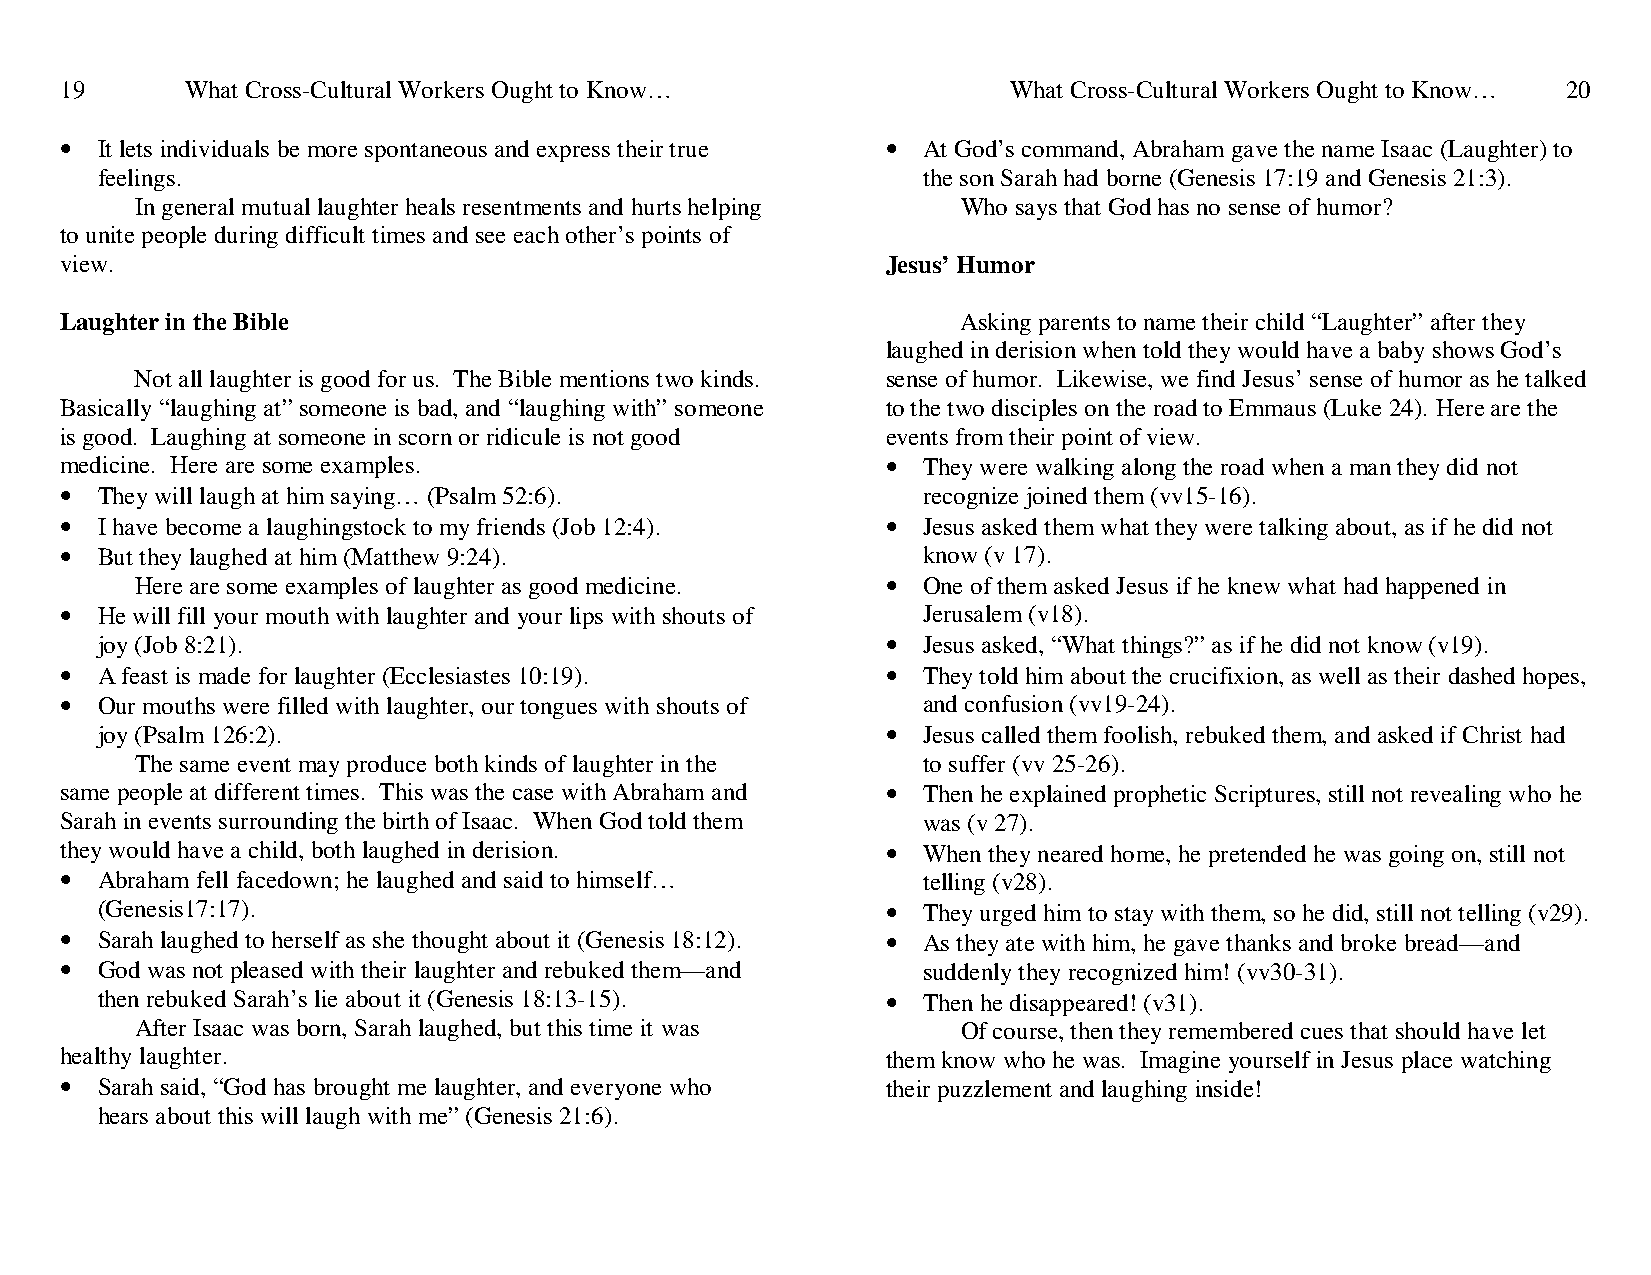
19      What Cross-Cultural Workers Ought to Know…             What Cross-Cultural Workers Ought to Know… 20
 • It lets individuals be more spontaneous and express their true • At God’s command, Abraham gave the name Isaac (Laughter) to
 feelings.                                              the son Sarah had borne (Genesis 17:19 and Genesis 21:3).
 In general mutual laughter heals resentments and hurts helping Who says that God has no sense of humor?
 to unite people during difficult times and see each other’s points of
 view.                                                  Jesus’ Humor
 Laughter in the Bible                                       Asking parents to name their child “Laughter” after they
 laughed in derision when told they would have a baby shows God’s
 Not all laughter is good for us. The Bible mentions two kinds. sense of humor. Likewise, we find Jesus’ sense of humor as he talked
 Basically “laughing at” someone is bad, and “laughing with” someone to the two disciples on the road to Emmaus (Luke 24). Here are the
 is good. Laughing at someone in scorn or ridicule is not good events from their point of view.
 medicine. Here are some examples.                      • They were walking along the road when a man they did not
 • They will laugh at him saying… (Psalm 52:6).           recognize joined them (vv15-16).
 • I have become a laughingstock to my friends (Job 12:4). • Jesus asked them what they were talking about, as if he did not
 • But they laughed at him (Matthew 9:24).                know (v 17).
 Here are some examples of laughter as good medicine. • One of them asked Jesus if he knew what had happened in
 • He will fill your mouth with laughter and your lips with shouts of Jerusalem (v18).
 joy (Job 8:21).                                      • Jesus asked, “What things?” as if he did not know (v19).
 • A feast is made for laughter (Ecclesiastes 10:19).   • They told him about the crucifixion, as well as their dashed hopes,
 • Our mouths were filled with laughter, our tongues with shouts of and confusion (vv19-24).
 joy (Psalm 126:2).                                   • Jesus called them foolish, rebuked them, and asked if Christ had
 The same event may produce both kinds of laughter in the to suffer (vv 25-26).
 same people at different times. This was the case with Abraham and • Then he explained prophetic Scriptures, still not revealing who he
 Sarah in events surrounding the birth of Isaac. When God told them was (v 27).
 they would have a child, both laughed in derision.     • When they neared home, he pretended he was going on, still not
 • Abraham fell facedown; he laughed and said to himself… telling (v28).
 (Genesis17:17).                                      • They urged him to stay with them, so he did, still not telling (v29).
 • Sarah laughed to herself as she thought about it (Genesis 18:12). • As they ate with him, he gave thanks and broke bread—and
 • God was not pleased with their laughter and rebuked them—and suddenly they recognized him! (vv30-31).
 then rebuked Sarah’s lie about it (Genesis 18:13-15). • Then he disappeared! (v31).
 After Isaac was born, Sarah laughed, but this time it was Of course, then they remembered cues that should have let
 healthy laughter.                                      them know who he was. Imagine yourself in Jesus place watching
 • Sarah said, “God has brought me laughter, and everyone who their puzzlement and laughing inside!
 hears about this will laugh with me” (Genesis 21:6).